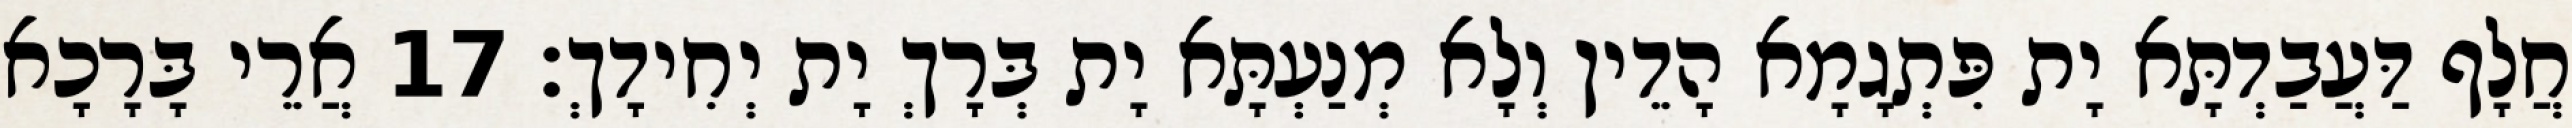
חֲלָף דַּעֲבַדְתָּא יָת פִּתְגָמָא הָדֵין וְלָא מְנַעְתָּא יָת בְּרָךְ יָת יְחִידָךְ׃ 17 אֲרֵי בָּרָכָא